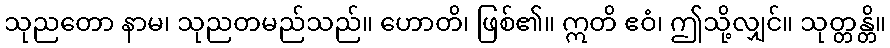
သုညတော နာမ၊ သုညတမည်သည်။ ဟောတိ၊ ဖြစ်၏။ ဣတိ ဧဝံ၊ ဤသို့လျှင်။ သုတ္တန္တိ။